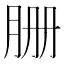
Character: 𦙽